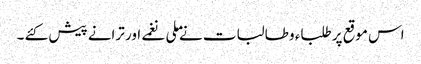
اس موقع پر طلباء و طالبات نے ملی نغمے اور ترانے پیش کئے ۔